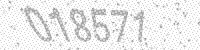
Solution: 018571